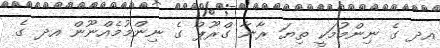
އދ ގެ ނިންމުމަކީ ތިޔަ ރާނާ ގްރޫޕް ގެ ނިންމުމެއްނޫން އދ ގެ